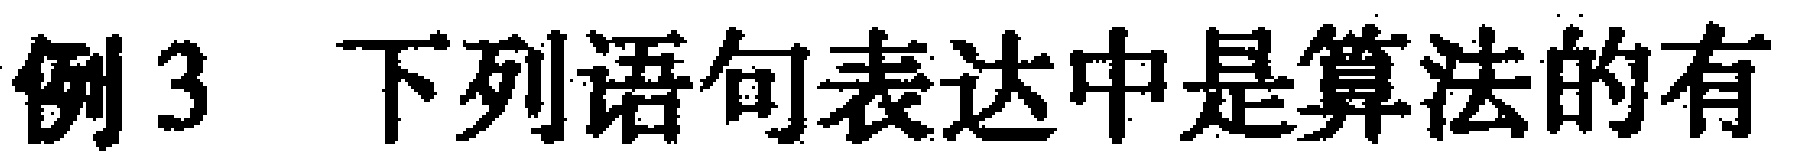
例3 下列语句表达中是算法的有